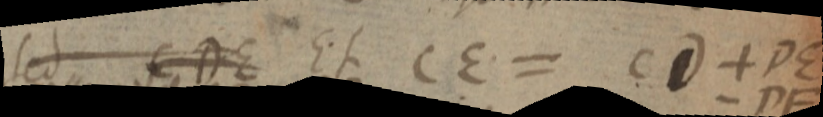
sed CDE Et CE = CD + DE